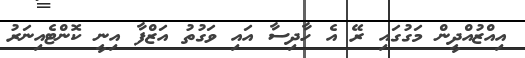
އިއްޒުއްދީން މަގުގައި ރޭ އެ ހާދިސާ އައި ވަގުތު އަޒްފާ އިނީ ކޮންޓެއިނަރު